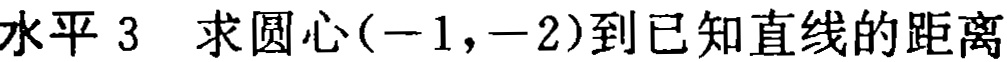
水平 3 求圆心\((-1,-2)\)到已知直线的距离